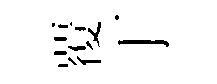
覆丁